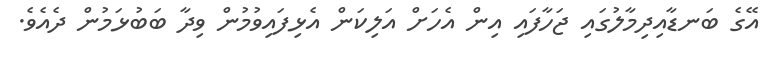
އޭގެ ބަނޑާއިދިމާލުގައި ޖަހާފައި އިން އެހަށް އަލިކަން އެޅިފައިވުމުން ވިދާ ބަބުޅަމުން ދެއެވެ.